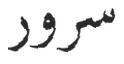
سرور